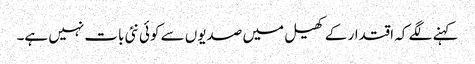
کہنے لگے کہ اقتدار کے کھیل میں صدیوں سے کوئی نئی بات نہیں ہے۔